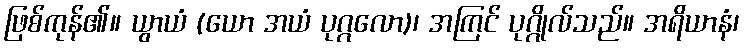
ဖြစ်ကုန်၏။ ယွာယံ (ယော အယံ ပုဂ္ဂလော)၊ အကြင် ပုဂ္ဂိုလ်သည်။ အရိယာနံ၊